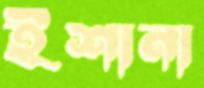
ইশানা